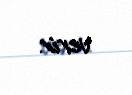
verir.